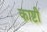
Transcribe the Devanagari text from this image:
काष्टी